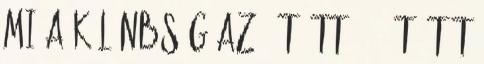
mi a különbség az 5-t ött , 5-öt ötöt